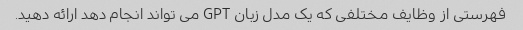
فهرستی از وظایف مختلفی که یک مدل زبان GPT می تواند انجام دهد ارائه دهید.